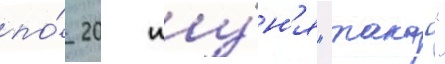
по́ 20 иу́н'я "такао"